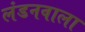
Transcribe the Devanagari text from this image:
लंडनवाला